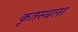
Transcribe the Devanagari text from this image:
कृतस्थला